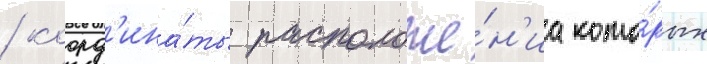
/ коорд'ина́ты расположе́н'иа кото́рых